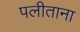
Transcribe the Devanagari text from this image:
पलीताना